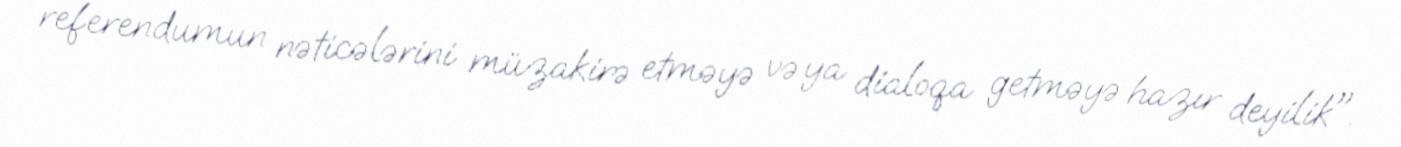
referendumun nəticələrini müzakirə etməyə və ya dialoqa getməyə hazır deyilik".